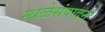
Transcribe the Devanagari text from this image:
स्थळेसंपादन